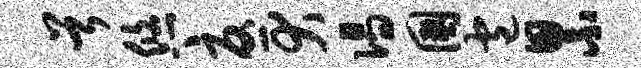
首悠忧犬偈国包累